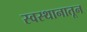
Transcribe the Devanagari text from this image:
स्वस्थानातून